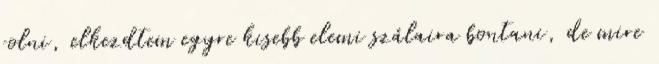
rolni, elkezdtem egyre kisebb elemi szálaira bontani, de mire